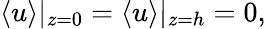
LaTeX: \begin{array}{r}{\langle u\rangle|_{z=0}=\langle u\rangle|_{z=h}=0,}\end{array}